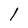
Character: l